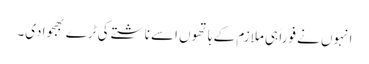
انہوں نے فوراً ہی ملازم کے ہاتھوں اسے ناشتے کی ٹرے بھجوادی۔